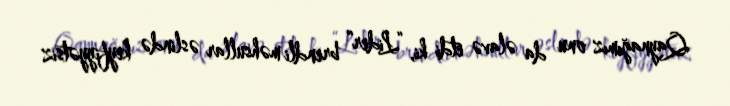
Qaynağımız onu da əlavə etdi ki, “Lider” brendli məhsullar əslində keyfiyyətsiz